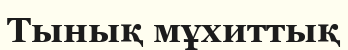
Тынық мұхиттық